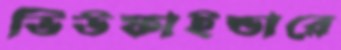
ভিউফাইন্ডারে